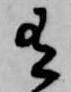
有